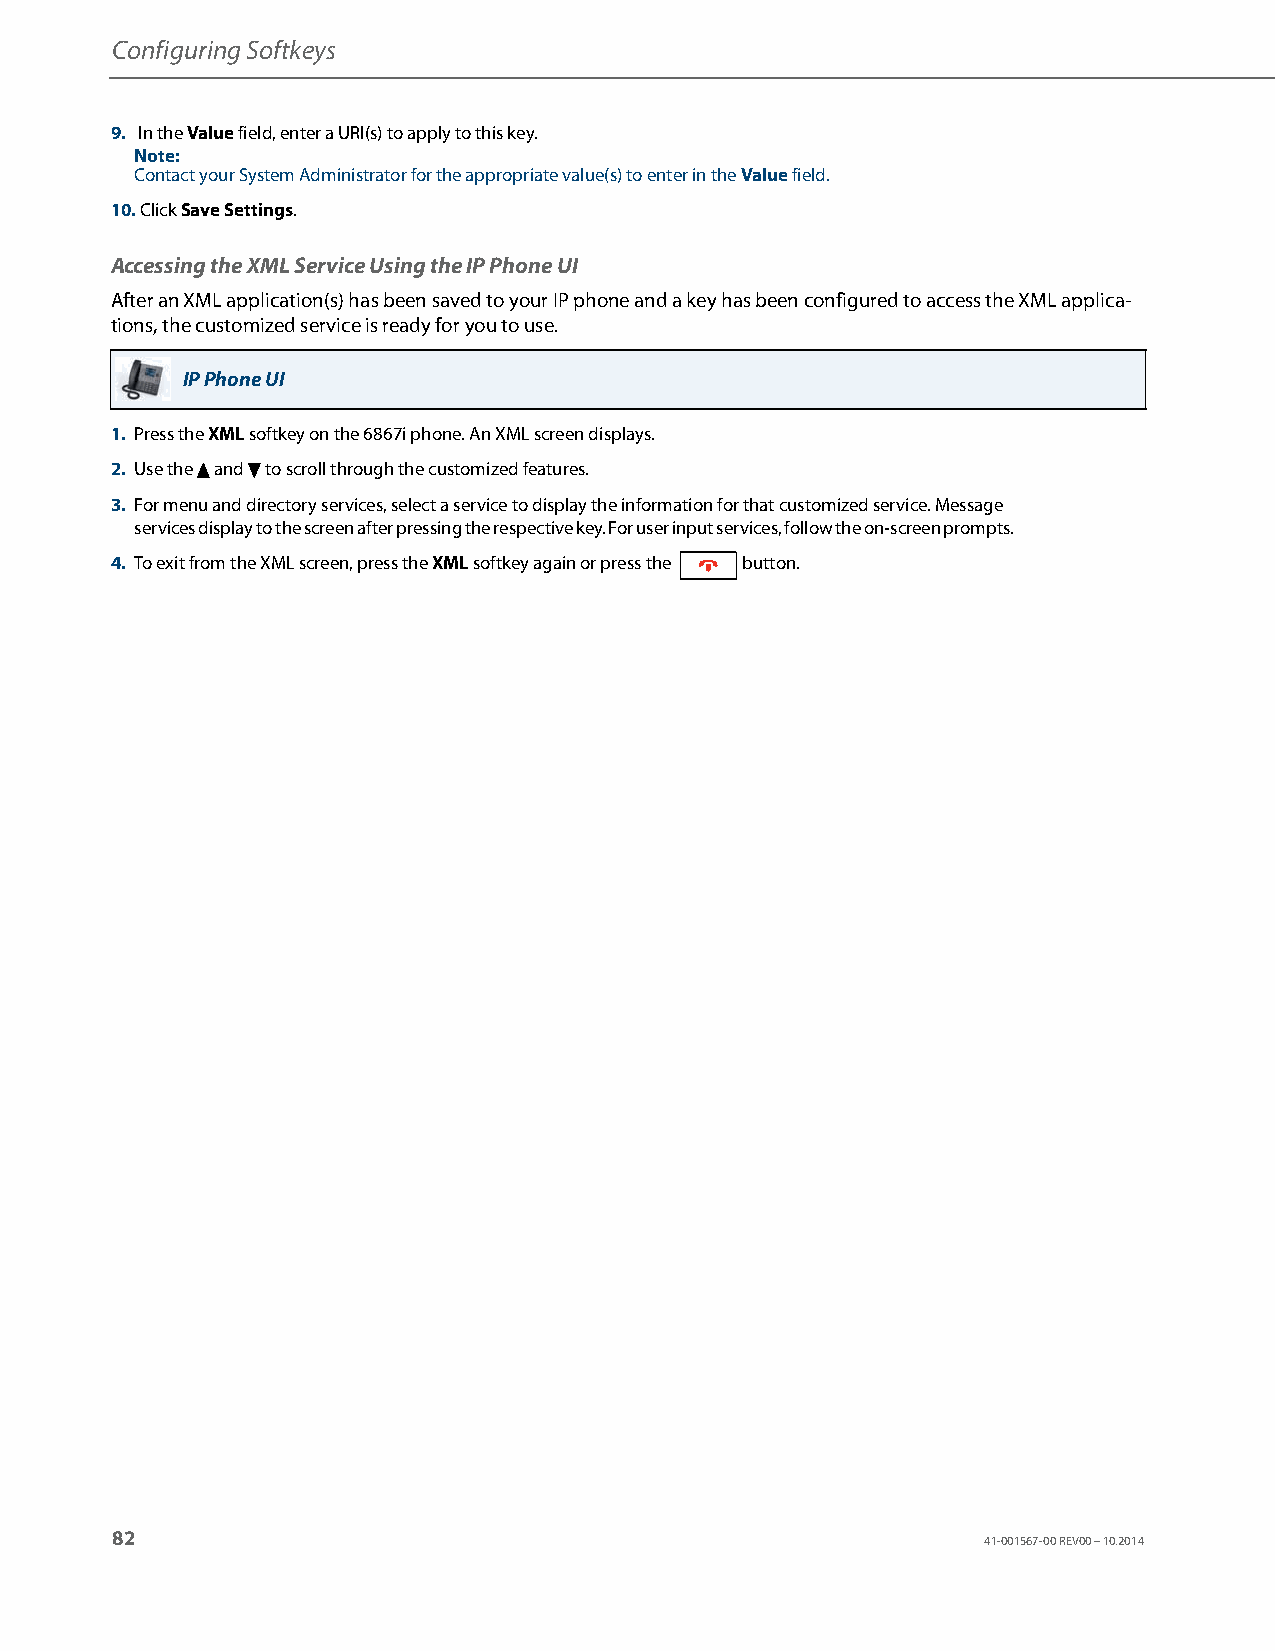
Configuring Softkeys
 9. In the Value field, enter a URI(s) to apply to this key.
 Note:
 Contact your System Administrator for the appropriate value(s) to enter in the Value field.
 10. Click Save Settings.
 Accessing the XML Service Using the IP Phone UI
 After an XML application(s) has been saved to your IP phone and a key has been configured to access the XML applica-
 tions, the customized service is ready for you to use.
 IP Phone UI
 1. Press the XML softkey on the 6867i phone. An XML screen displays.
 2. Use the 5 and 2 to scroll through the customized features.
 3. For menu and directory services, select a service to display the information for that customized service. Message
 services display to the screen after pressing the respective key. For user input services, follow the on-screen prompts.
 4. To exit from the XML screen, press the XML softkey again or press the button.
 82
 41-001567-00 REV00 – 10.2014